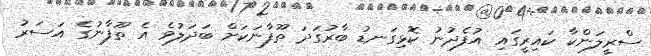
ސްރީލަންކާ ކައިރީގައި އުފެދުނު ކޮޅިގަނޑު ބާރުގަދަ ތޫފާނަކަށް ބަދަލުވެ އެ ތޫފާނުގެ އަސަރު